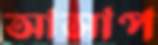
আসাপ